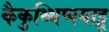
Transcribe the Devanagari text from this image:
कैकुथ्थिप्पयाट्टू